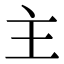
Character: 主